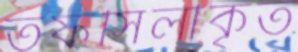
তফসিলীকৃত